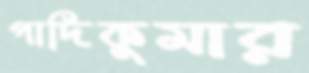
পাদিকুমার